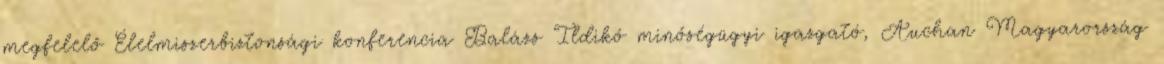
megfelelő Élelmiszerbiztonsági konferencia Balázs Ildikó minőségügyi igazgató, Auchan Magyarország